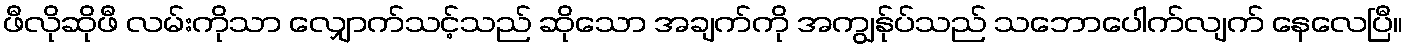
ဖီလိုဆိုဖီ လမ်းကိုသာ လျှောက်သင့်သည် ဆိုသော အချက်ကို အကျွန်ုပ်သည် သဘောပေါက်လျက် နေလေပြီ။